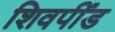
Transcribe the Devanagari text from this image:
शिवपींड